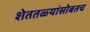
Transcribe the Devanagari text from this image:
शेततळ्यांसोबतच